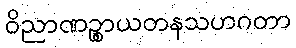
ဝိညာဏဉ္စာယတနသဟဂတာ